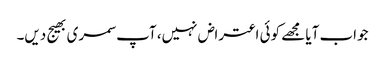
جواب آیا مجھے کوئی اعتراض نہیں، آپ سمری بھیج دیں۔